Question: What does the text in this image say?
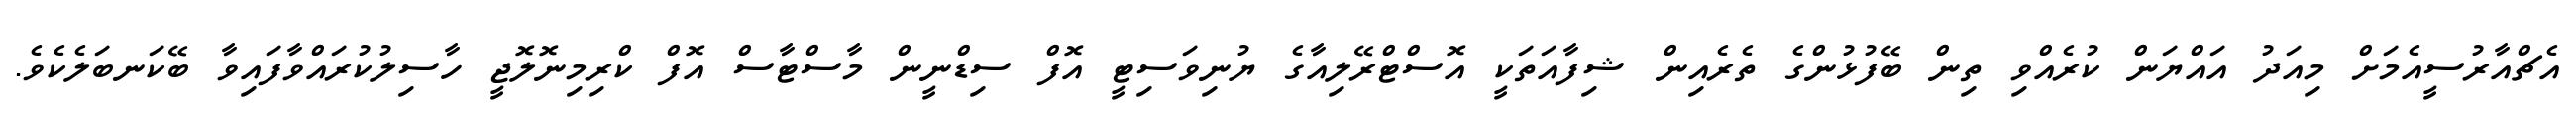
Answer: އެޗްއާރުސީއެމަށް މިއަދު އައްޔަން ކުރެއްވި ތިން ބޭފުޅުންގެ ތެރެއިން ޝިފާއަތަކީ އޮސްޓްރޭލިއާގެ ޔުނިވަސިޓީ އޮފް ސިޑްނީން މާސްޓާސް އޮފް ކްރިމިނޮލޮޖީ ހާސިލުކުރައްވާފައިވާ ބޭކަނބަލެކެވެ.